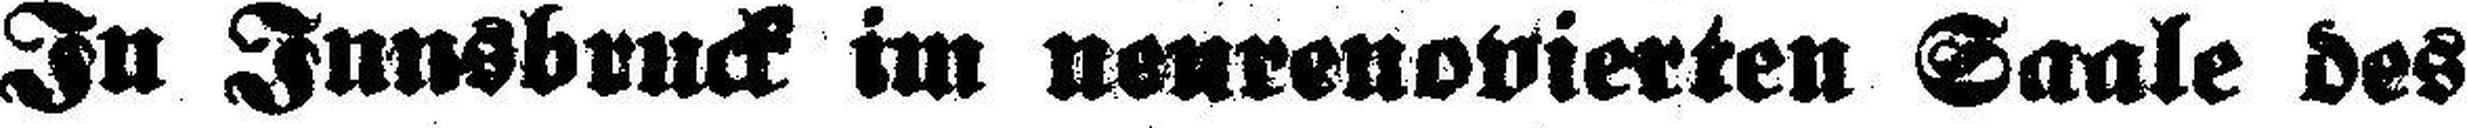
In Innsbruck im nenrenovierten Saale des